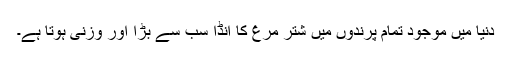
دنیا میں موجود تمام پرندوں میں شتر مرغ کا انڈا سب سے بڑا اور وزنی ہوتا ہے۔